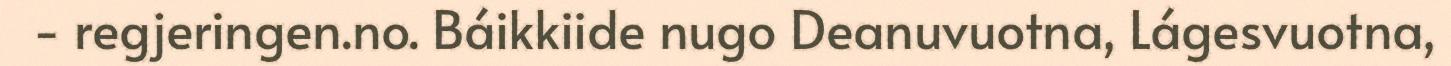
- regjeringen.no. Báikkiide nugo Deanuvuotna, Lágesvuotna,